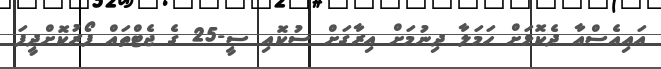
އައިއެސްއާ ދެކޮޅަށް ހަމަލާ ދިނުމަށް އިރާގަށް ސުކޮއި ސީ-25 ގެ ޖެޓްތައް ފޯރުކޮށްދީފަ